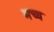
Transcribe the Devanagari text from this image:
मच्च